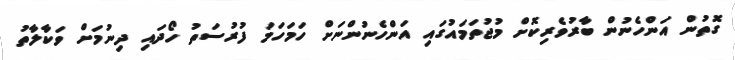
ގޮތުން އަންހެނުން ބާރުވެރިކޮށް މުޖުތަމައުގައި އަންހެނުންނަށް ހަމަހަމަ ފުރުސަތު ހޯދައި ދިނުމަށް ވަކާލާތު